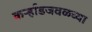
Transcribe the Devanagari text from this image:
कर्ऱ्हाडजवळच्या